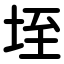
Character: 垤